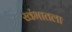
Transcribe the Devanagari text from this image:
खंभातला